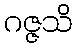
ဂဇ္ဇသိ